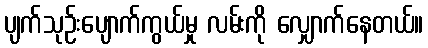
ပျက်သုဉ်းပျောက်ကွယ်မှု လမ်းကို လျှောက်နေတယ်။